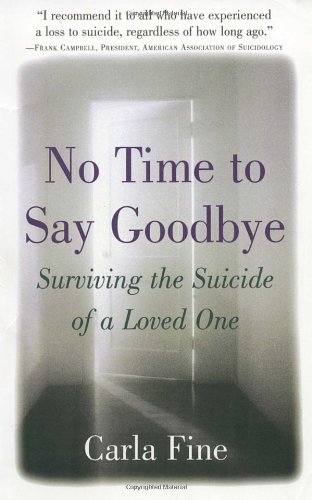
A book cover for No Time to Say Goodbye: Surviving The Suicide Of A Loved One; Carla Fine; Self-Help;